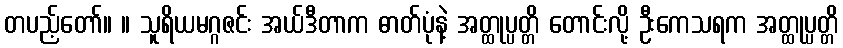
တပည့်တော်။ ။ သူရိယမဂ္ဂဇင်း အယ်ဒီတာက ဓာတ်ပုံနဲ့ အတ္ထုပ္ပတ္တိ တောင်းလို့ ဦးကေသရက အတ္ထုပ္ပတ္တိ